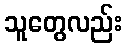
သူတွေလည်း